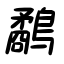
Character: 鷸